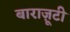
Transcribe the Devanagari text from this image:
बाराज़ूटी